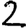
Digit: 2